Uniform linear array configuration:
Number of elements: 64
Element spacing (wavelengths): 0.25
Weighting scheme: cosine
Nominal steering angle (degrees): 45
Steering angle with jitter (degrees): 45.535
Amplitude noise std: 0.05
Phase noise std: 0.05

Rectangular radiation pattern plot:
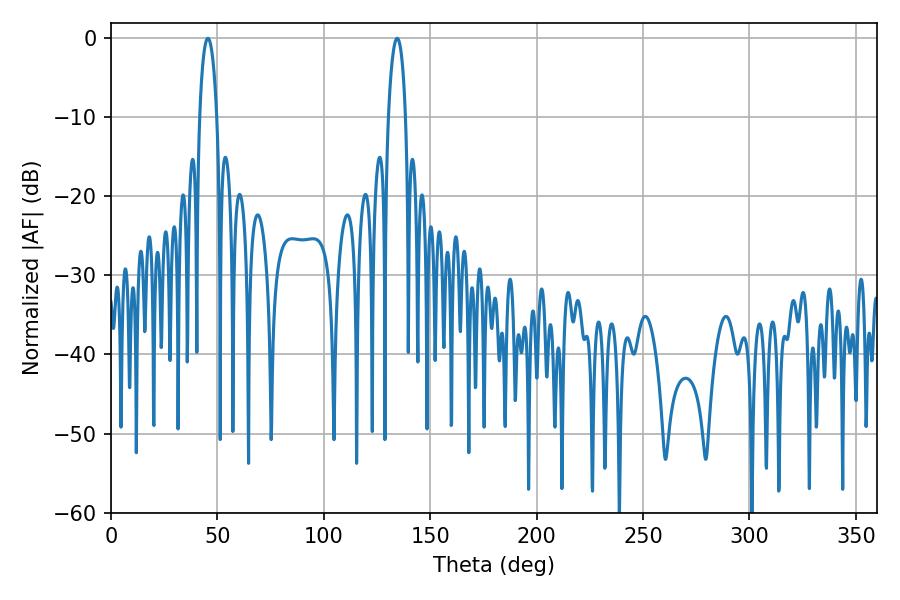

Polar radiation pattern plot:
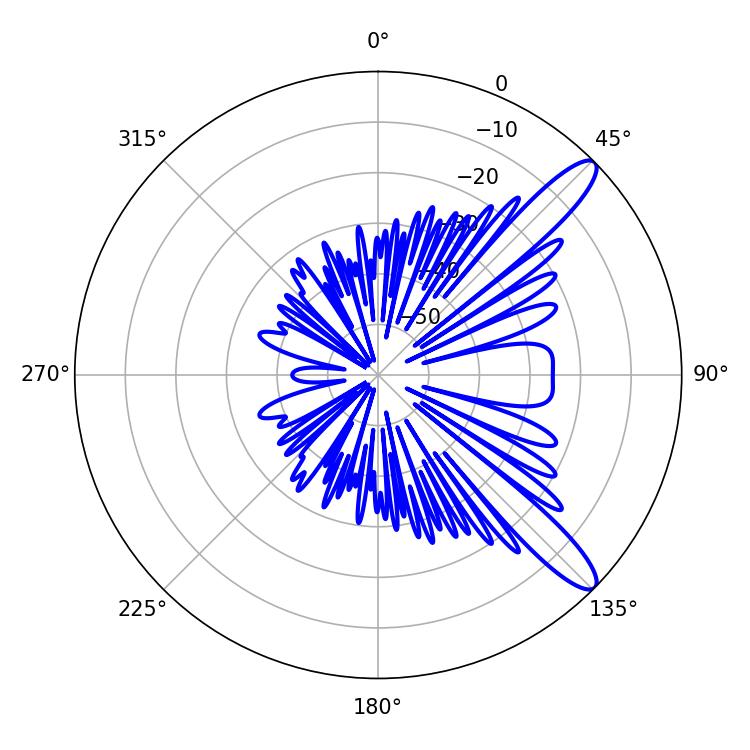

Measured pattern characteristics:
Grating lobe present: FALSE
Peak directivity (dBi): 11.9
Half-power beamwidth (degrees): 4.68
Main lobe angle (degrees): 45.54